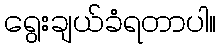
ရွေးချယ်ခံရတာပါ။